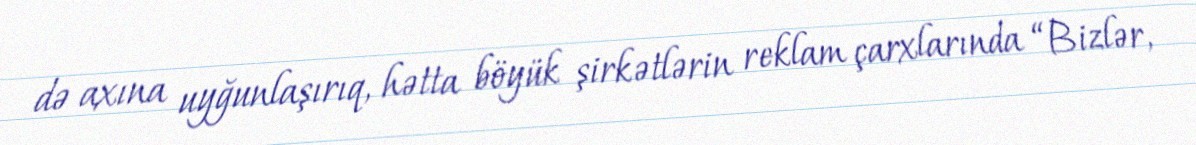
də axına uyğunlaşırıq, hətta böyük şirkətlərin reklam çarxlarında “Bizlər,